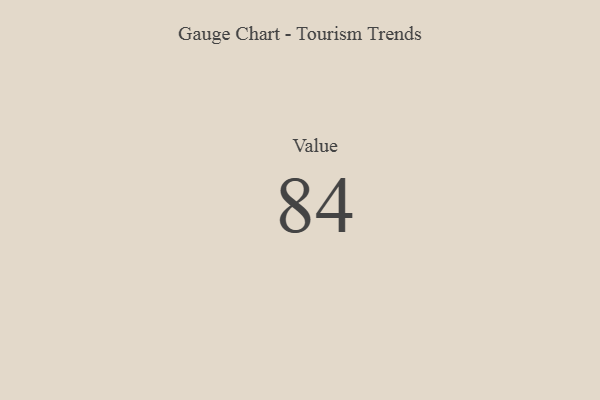
{"axis": {"x": "Metric", "y": "Value"}, "legend": [""], "data": [{"x": "Value", "y": 84, "type": ""}]}